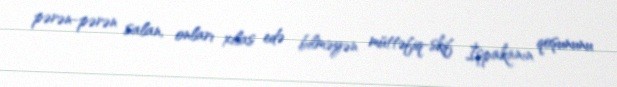
pərən-pərən salan, onları xilas edə bilməyən müttəfiq-skif İşpakanın qoşununu